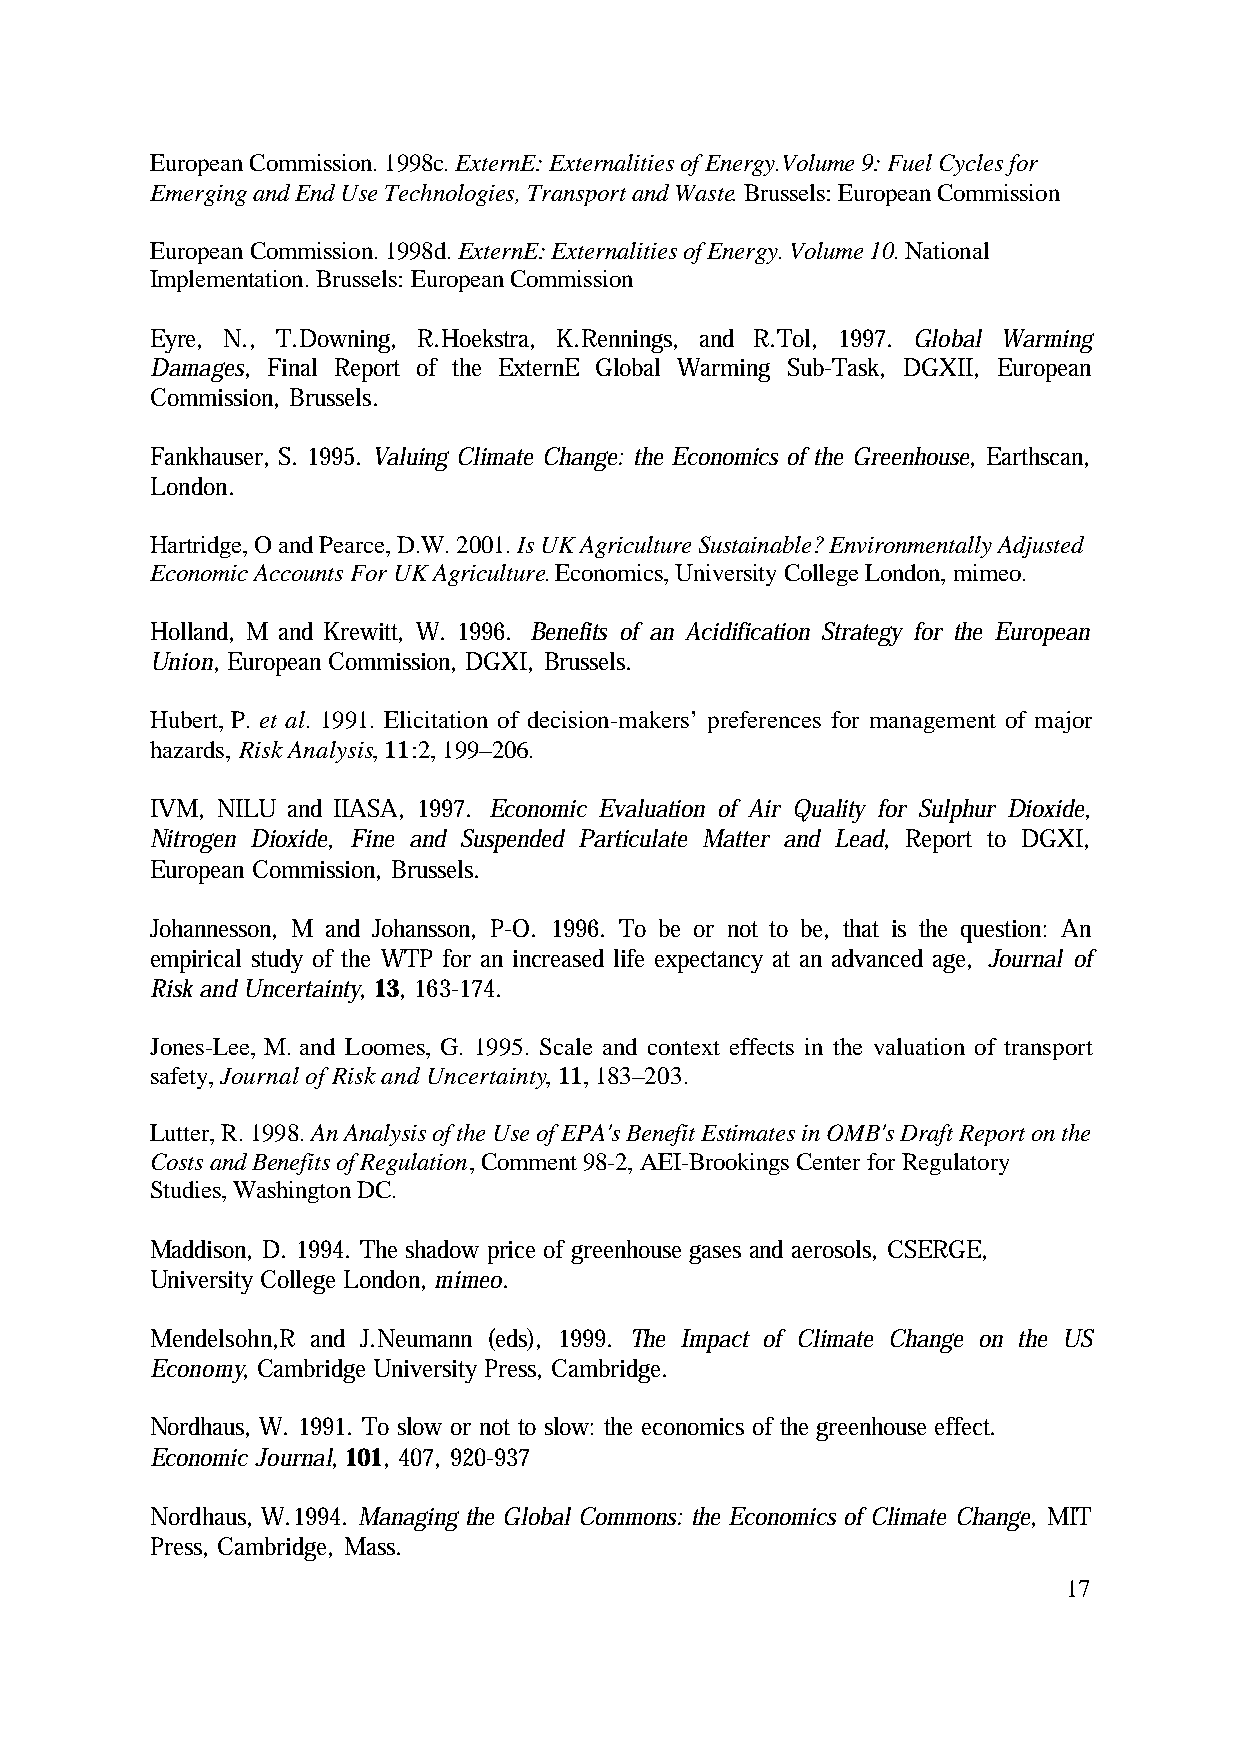
European Commission. 1998c. ExternE: Externalities of Energy.Volume 9: Fuel Cycles for
 Emerging and End Use Technologies, Transport and Waste. Brussels: European Commission
 European Commission. 1998d. ExternE: Externalities of Energy. Volume 10. National
 Implementation. Brussels: European Commission
 Eyre, N., T.Downing, R.Hoekstra, K.Rennings, and R.Tol, 1997. Global Warming
 Damages, Final Report of the ExternE Global Warming Sub-Task, DGXII, European
 Commission, Brussels.
 Fankhauser, S. 1995. Valuing Climate Change: the Economics of the Greenhouse, Earthscan,
 London.
 Hartridge, O and Pearce, D.W. 2001. Is UK Agriculture Sustainable? Environmentally Adjusted
 Economic Accounts For UK Agriculture. Economics, University College London, mimeo.
 Holland, M and Krewitt, W. 1996. Benefits of an Acidification Strategy for the European
 Union, European Commission, DGXI, Brussels.
 Hubert, P. et al. 1991. Elicitation of decision-makers’ preferences for management of major
 hazards, Risk Analysis, 11:2, 199–206.
 IVM, NILU and IIASA, 1997. Economic Evaluation of Air Quality for Sulphur Dioxide,
 Nitrogen Dioxide, Fine and Suspended Particulate Matter and Lead, Report to DGXI,
 European Commission, Brussels.
 Johannesson, M and Johansson, P-O. 1996. To be or not to be, that is the question: An
 empirical study of the WTP for an increased life expectancy at an advanced age, Journal of
 Risk and Uncertainty, 13, 163-174.
 Jones-Lee, M. and Loomes, G. 1995. Scale and context effects in the valuation of transport
 safety, Journal of Risk and Uncertainty, 11, 183–203.
 Lutter, R. 1998. An Analysis of the Use of EPA's Benefit Estimates in OMB's Draft Report on the
 Costs and Benefits of Regulation, Comment 98-2, AEI-Brookings Center for Regulatory
 Studies, Washington DC.
 Maddison, D. 1994. The shadow price of greenhouse gases and aerosols, CSERGE,
 University College London, mimeo.
 Mendelsohn,R and J.Neumann (eds), 1999. The Impact of Climate Change on the US
 Economy, Cambridge University Press, Cambridge.
 Nordhaus, W. 1991. To slow or not to slow: the economics of the greenhouse effect.
 Economic Journal, 101, 407, 920-937
 Nordhaus, W.1994. Managing the Global Commons: the Economics of Climate Change, MIT
 Press, Cambridge, Mass.
 17